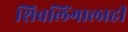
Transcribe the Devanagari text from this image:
शिवलिंगालाही